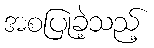
အစပြုခဲ့သည့်